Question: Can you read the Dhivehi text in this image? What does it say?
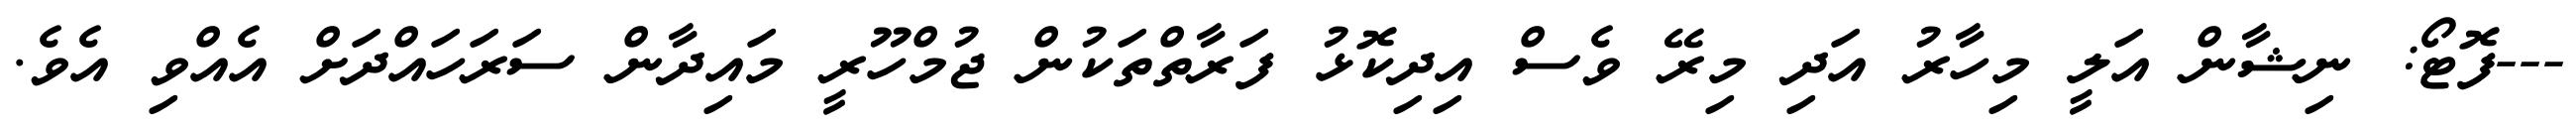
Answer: ---ފޮޓޯ: ނިޝާން އަލީ މިހާރު އަދި މިރޭ ވެސް އިދިކޮޅު ފަރާތްތަކުން ޖުމްހޫރީ މައިދާން ސަރަހައްދަށް އެއްވި އެވެ.